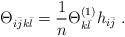
LaTeX: \begin{align*} \Theta_{i\bar{j}k\bar{l}} = \frac{1}{n} \Theta^{(1)}_{k\bar{l}} h_{i\bar{j}} \; . \end{align*}